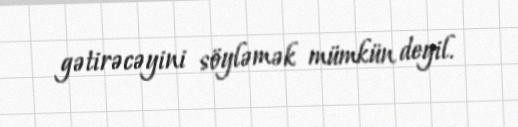
gətirəcəyini söyləmək mümkün deyil.